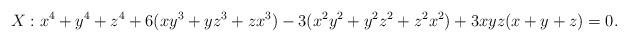
LaTeX: \begin{align*} X : x^4 + y^4 + z^4 + 6 (x y^3 + y z^3 + z x^3) - 3 (x^2 y^2 + y^2 z^2 + z^2 x^2) + 3 x y z (x + y + z) = 0 .\end{align*}